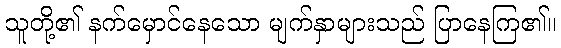
သူတို့၏ နက်မှောင်နေသော မျက်နှာများသည် ပြာနေကြ၏။